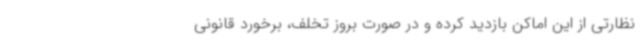
نظارتی از این اماکن بازدید کرده و در صورت بروز تخلف، برخورد قانونی